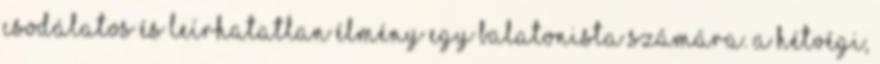
csodálatos és leírhatatlan élmény egy balatonista számára. A hétvégi,